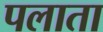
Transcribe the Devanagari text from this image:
पलाता